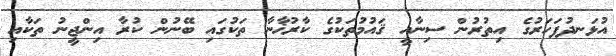
އުޅަނދުފަހަރުގެ އިތުރުން ސިނާއީ ޤައުމުތަކުގެ ކާރުޚާނާ ތަކުގައި ބޭނުން ކުރާ އިންޖީނު ތަކާއި